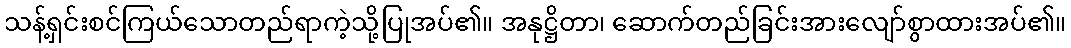
သန့်ရှင်းစင်ကြယ်သောတည်ရာကဲ့သို့ပြုအပ်၏။ အနုဋ္ဌိတာ၊ ဆောက်တည်ခြင်းအားလျော်စွာထားအပ်၏။